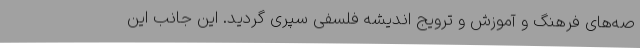
صه‌های فرهنگ و آموزش و ترویج اندیشه فلسفی سپری گردید. این جانب این